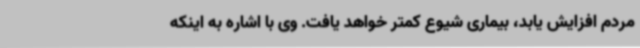
مردم افزایش یابد، بیماری شیوع کمتر خواهد یافت. وی با اشاره به اینکه